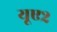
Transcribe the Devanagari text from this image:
यूए२